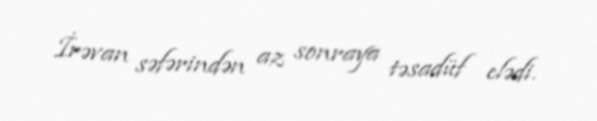
İrəvan səfərindən az sonraya təsadüf elədi.